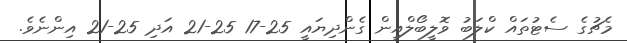
މެޗުގެ ސެޓުތައް ކްލަބު ވޮލީބޯލްއިން ގެންދިޔައީ 25-17 25-21 އަދި 25-21 އިންނެވެ.